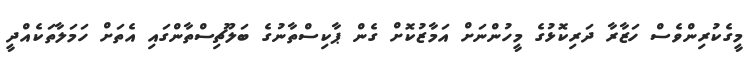
މީގެކުރިންވެސް ހަޒާރާ ދަރިކޮޅުގެ މީހުންނަށް އަމާޒުކޮށް ގެން ޕާކިސްތާނުގެ ބަލޫޗިސްތާންގައި އެތަށް ހަމަލާތަކެއްދީ